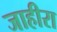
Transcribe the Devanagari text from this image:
जाहीरा